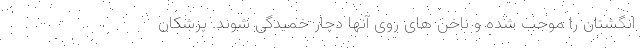
انگشتان را موجب شده و ناخن های روی آنها دچار خمیدگی شوند. پزشکان